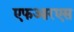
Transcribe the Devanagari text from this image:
एफआरएस